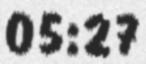
05:27